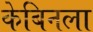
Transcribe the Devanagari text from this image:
केबिनला